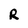
Character: R